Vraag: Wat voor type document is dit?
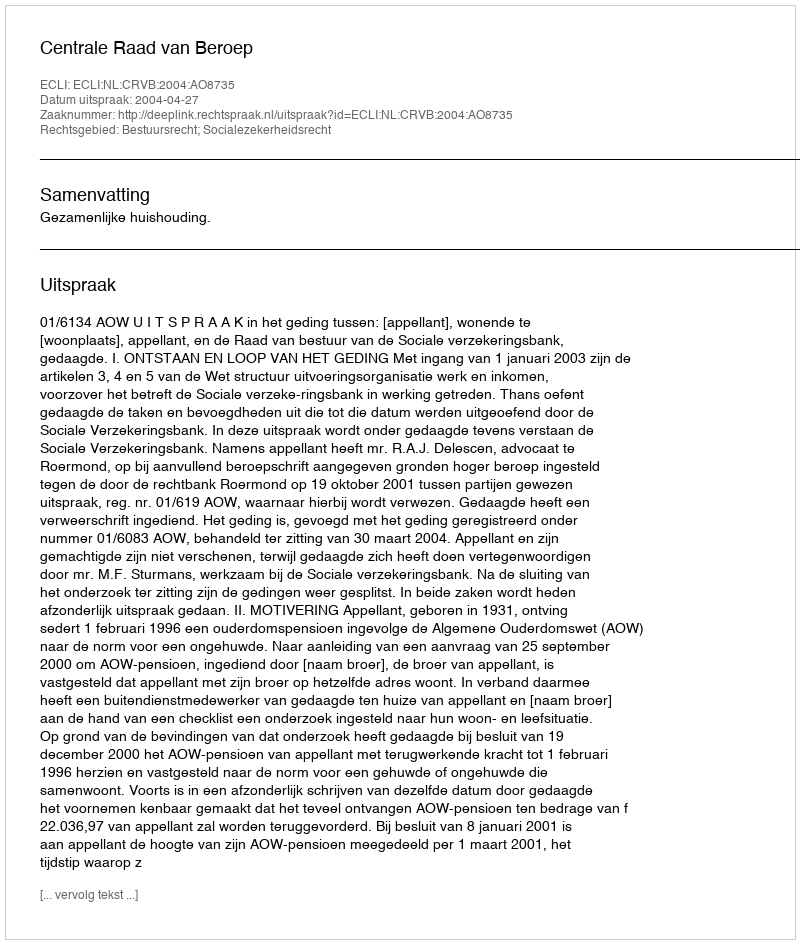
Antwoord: Uitspraak